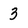
Character: 3